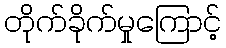
တိုက်ခိုက်မှုကြောင့်